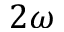
2 \omega